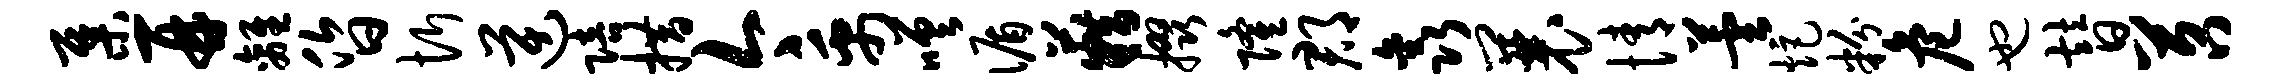
集再离昏忻逆陪措今禹嗟循籍掇隆郡鑫曩情芸炬粉危也替苕